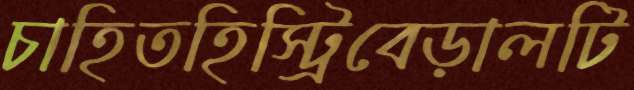
চাহিতহিস্ট্রিবেড়ালটি